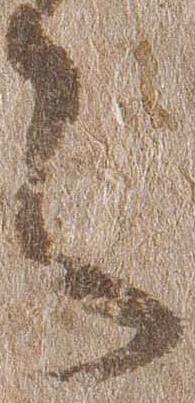
之